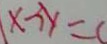
x - 3 y = 0